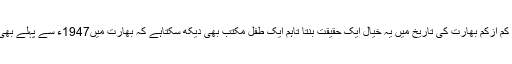
اگرقومیت کی بنیاد وطن کو قراردیاجائے تو کم ازکم بھارت کی تاریخ میں یہ خیال ایک حقیقت بنتا تاہم ایک طفل مکتب بھی دیکھ سکتاہے کہ بھارت میں1947ء سے پہلے بھی یہ خیال غلط ثابت ہوا اور اس کے بعد بھی۔